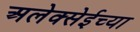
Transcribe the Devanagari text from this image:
अलेक्सेईच्या